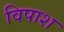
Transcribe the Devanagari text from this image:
विपाश